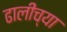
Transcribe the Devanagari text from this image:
ढालीच्या